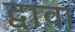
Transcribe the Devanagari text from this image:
द्वावा